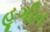
હૂગીન